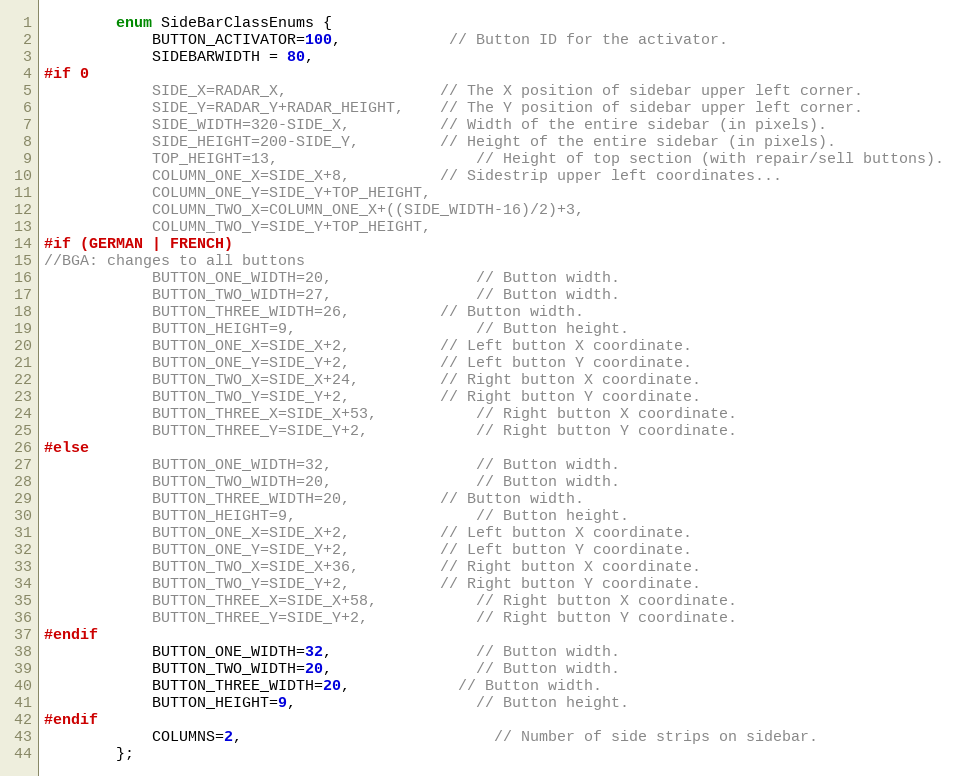
Language: C
		enum SideBarClassEnums {
			BUTTON_ACTIVATOR=100,			// Button ID for the activator.
			SIDEBARWIDTH = 80,
#if 0
			SIDE_X=RADAR_X,					// The X position of sidebar upper left corner.
			SIDE_Y=RADAR_Y+RADAR_HEIGHT,	// The Y position of sidebar upper left corner.
			SIDE_WIDTH=320-SIDE_X,			// Width of the entire sidebar (in pixels).
			SIDE_HEIGHT=200-SIDE_Y,			// Height of the entire sidebar (in pixels).
			TOP_HEIGHT=13,						// Height of top section (with repair/sell buttons).
			COLUMN_ONE_X=SIDE_X+8,			// Sidestrip upper left coordinates...
			COLUMN_ONE_Y=SIDE_Y+TOP_HEIGHT,
			COLUMN_TWO_X=COLUMN_ONE_X+((SIDE_WIDTH-16)/2)+3,
			COLUMN_TWO_Y=SIDE_Y+TOP_HEIGHT,
#if (GERMAN | FRENCH)
//BGA: changes to all buttons
			BUTTON_ONE_WIDTH=20,				// Button width.
			BUTTON_TWO_WIDTH=27,				// Button width.
			BUTTON_THREE_WIDTH=26,			// Button width.
			BUTTON_HEIGHT=9,					// Button height.
			BUTTON_ONE_X=SIDE_X+2,			// Left button X coordinate.
			BUTTON_ONE_Y=SIDE_Y+2,			// Left button Y coordinate.
			BUTTON_TWO_X=SIDE_X+24,			// Right button X coordinate.
			BUTTON_TWO_Y=SIDE_Y+2,			// Right button Y coordinate.
			BUTTON_THREE_X=SIDE_X+53,			// Right button X coordinate.
			BUTTON_THREE_Y=SIDE_Y+2,			// Right button Y coordinate.
#else
			BUTTON_ONE_WIDTH=32,				// Button width.
			BUTTON_TWO_WIDTH=20,				// Button width.
			BUTTON_THREE_WIDTH=20,			// Button width.
			BUTTON_HEIGHT=9,					// Button height.
			BUTTON_ONE_X=SIDE_X+2,			// Left button X coordinate.
			BUTTON_ONE_Y=SIDE_Y+2,			// Left button Y coordinate.
			BUTTON_TWO_X=SIDE_X+36,			// Right button X coordinate.
			BUTTON_TWO_Y=SIDE_Y+2,			// Right button Y coordinate.
			BUTTON_THREE_X=SIDE_X+58,			// Right button X coordinate.
			BUTTON_THREE_Y=SIDE_Y+2,			// Right button Y coordinate.
#endif
			BUTTON_ONE_WIDTH=32,				// Button width.
			BUTTON_TWO_WIDTH=20,				// Button width.
			BUTTON_THREE_WIDTH=20,			// Button width.
			BUTTON_HEIGHT=9,					// Button height.
#endif
			COLUMNS=2,							// Number of side strips on sidebar.
		};